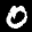
Label: 0